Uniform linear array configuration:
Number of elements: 48
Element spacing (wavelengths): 1
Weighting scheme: cosine
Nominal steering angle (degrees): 45
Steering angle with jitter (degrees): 45.738
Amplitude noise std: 0.05
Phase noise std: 0.05

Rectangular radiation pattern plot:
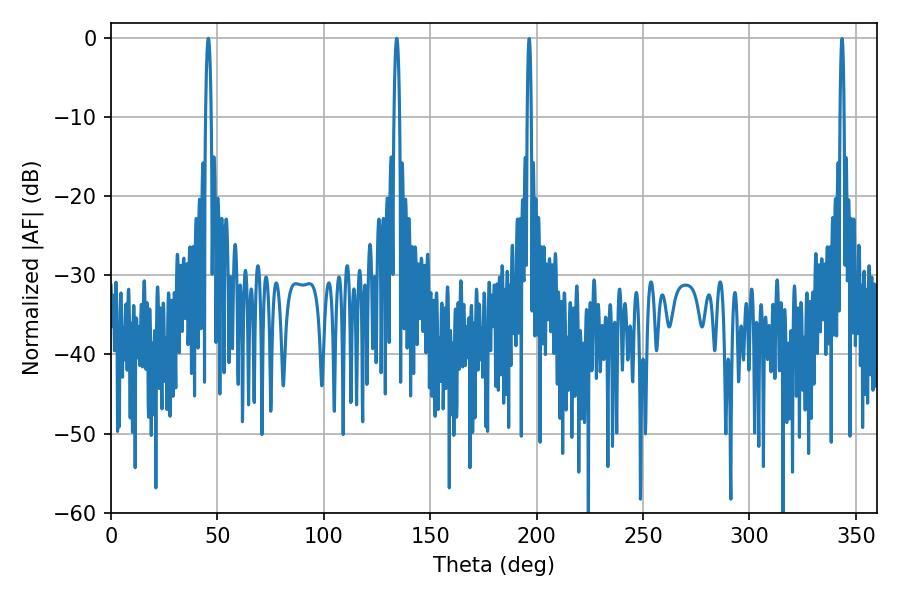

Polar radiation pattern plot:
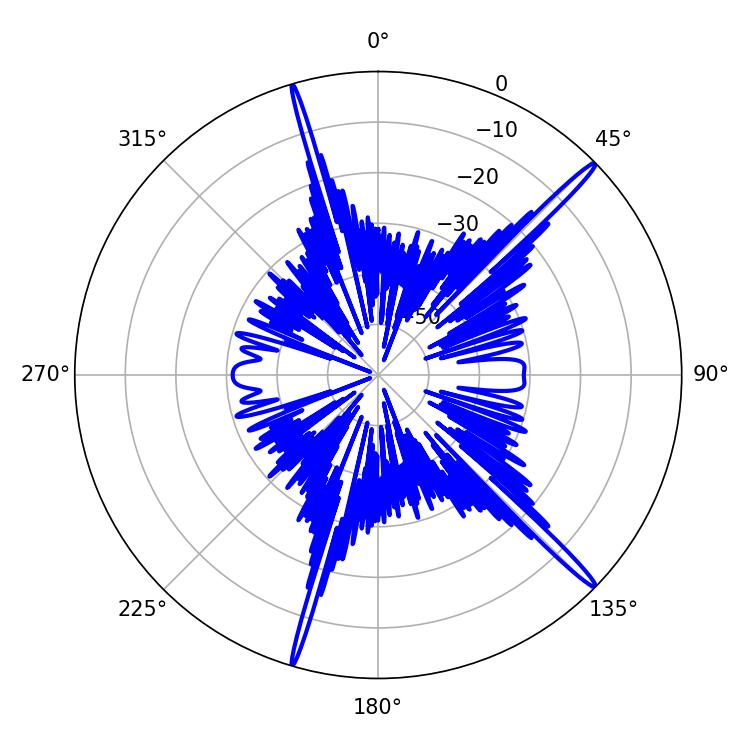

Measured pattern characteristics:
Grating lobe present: TRUE
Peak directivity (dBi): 18.154
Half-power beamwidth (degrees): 1.44
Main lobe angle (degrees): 134.28